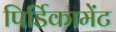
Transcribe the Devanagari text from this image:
पिर्डिकामेंट